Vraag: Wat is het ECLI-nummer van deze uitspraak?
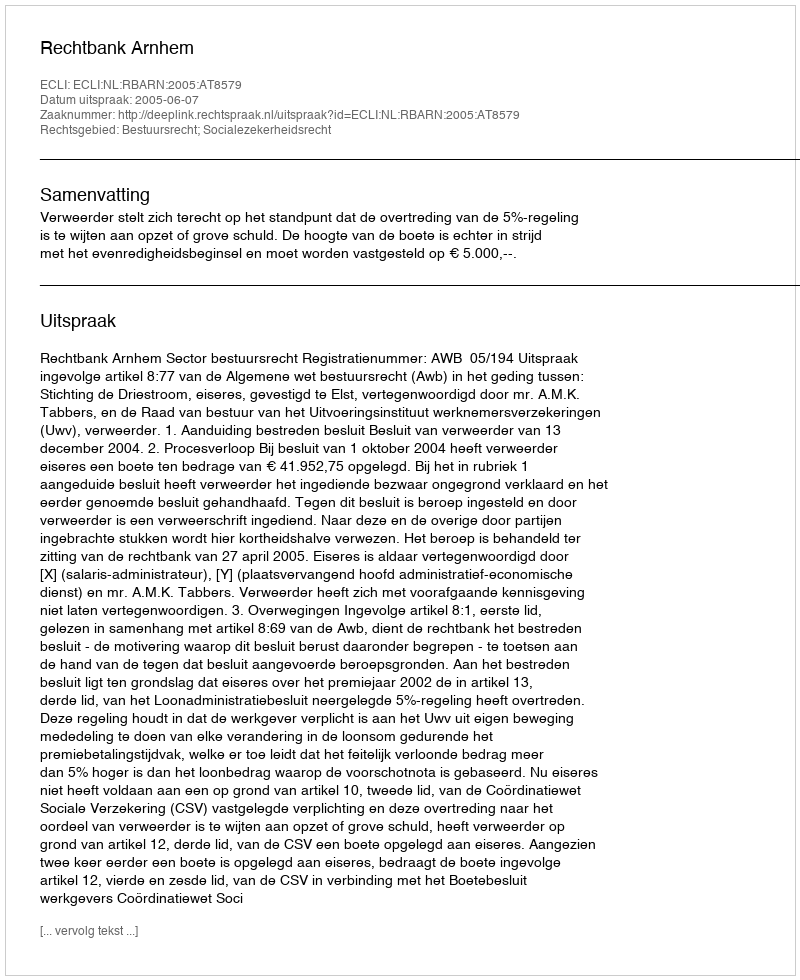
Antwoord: ECLI:NL:RBARN:2005:AT8579